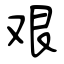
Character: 艰